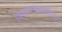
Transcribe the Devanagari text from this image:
विचारसाखळीच्या